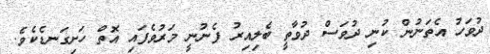
ދުވަހު އެތަނުން ކުނި ދުވަސް ދުވާތީ ބެލިއިރު ފެނުނީ މަރުވެފައި އޮތް ހަށިގަނޑެކެވެ.